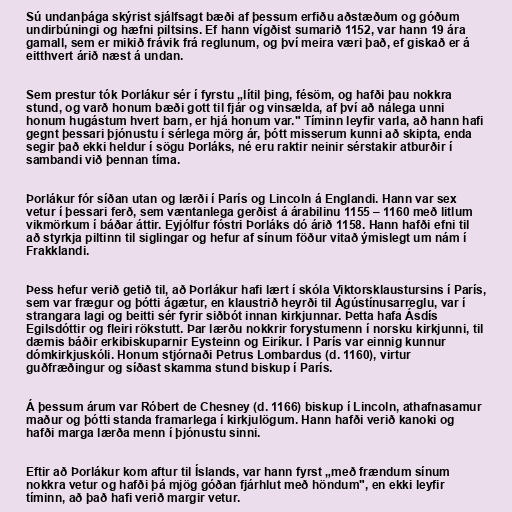
Sú undanþága skýrist sjálfsagt bæði af þessum erfiðu aðstæðum og góðum
undirbúningi og hæfni piltsins. Ef hann vígðist sumarið 1152, var hann 19 ára
gamall, sem er mikið frávik frá reglunum, og því meira væri það, ef giskað er á
eitthvert árið næst á undan.

Sem prestur tók Þorlákur sér í fyrstu „lítil þing, fésöm, og hafði þau nokkra
stund, og varð honum bæði gott til fjár og vinsælda, af því að nálega unni
honum hugástum hvert barn, er hjá honum var." Tíminn leyfir varla, að hann hafi
gegnt þessari þjónustu í sérlega mörg ár, þótt misserum kunni að skipta, enda
segir það ekki heldur í sögu Þorláks, né eru raktir neinir sérstakir atburðir í
sambandi við þennan tíma.

Þorlákur fór síðan utan og lærði í París og Lincoln á Englandi. Hann var sex
vetur í þessari ferð, sem væntanlega gerðist á árabilinu 1155 – 1160 með litlum
vikmörkum í báðar áttir. Eyjólfur fóstri Þorláks dó árið 1158. Hann hafði efni til
að styrkja piltinn til siglingar og hefur af sínum föður vitað ýmislegt um nám í
Frakklandi.

Þess hefur verið getið til, að Þorlákur hafi lært í skóla Viktorsklaustursins í París,
sem var frægur og þótti ágætur, en klaustrið heyrði til Ágústínusarreglu, var í
strangara lagi og beitti sér fyrir siðbót innan kirkjunnar. Þetta hafa Ásdís
Egilsdóttir og fleiri rökstutt. Þar lærðu nokkrir forystumenn í norsku kirkjunni, til
dæmis báðir erkibiskuparnir Eysteinn og Eiríkur. Í París var einnig kunnur
dómkirkjuskóli. Honum stjórnaði Petrus Lombardus (d. 1160), virtur
guðfræðingur og síðast skamma stund biskup í París.

Á þessum árum var Róbert de Chesney (d. 1166) biskup í Lincoln, athafnasamur
maður og þótti standa framarlega í kirkjulögum. Hann hafði verið kanoki og
hafði marga lærða menn í þjónustu sinni.

Eftir að Þorlákur kom aftur til Íslands, var hann fyrst „með frændum sínum
nokkra vetur og hafði þá mjög góðan fjárhlut með höndum", en ekki leyfir
tíminn, að það hafi verið margir vetur.